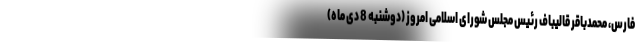
فارس، محمدباقر قالیباف رئیس مجلس شورای اسلامی امروز (دوشنبه 8 دی ماه)